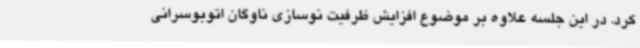
کرد. در این جلسه علاوه بر موضوع افزایش ظرفیت نوسازی ناوگان اتوبوسرانی